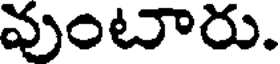
వుంటారు.